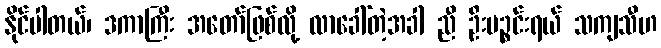
နိုင်ပါတယ်၊ ဒကာကြီး အတော်ဖြစ်လို့ လာခေါ်တဲ့အခါ ညီ ဦးပဉ္စင်းရယ် သကျသီဟ